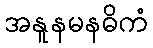
အနူနမနဓိကံ